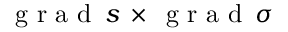
\mathrm { ~ g ~ r ~ a ~ d ~ } \, s \, \times \, \mathrm { ~ g ~ r ~ a ~ d ~ } \, \sigma